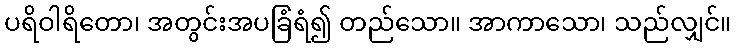
ပရိဝါရိတော၊ အတွင်းအပခြံရံ၍ တည်သော။ အာကာသော၊ သည်လျှင်။